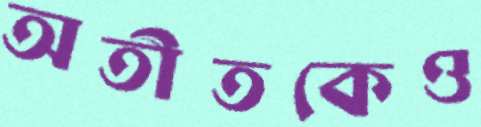
অতীতকেও